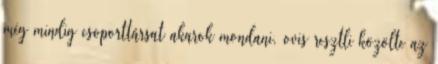
még mindig csoporttársat akarok mondani, ovis resztli közölte az